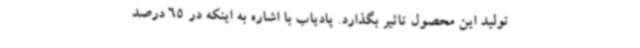
تولید این محصول تاثیر بگذارد. پادیاب با اشاره به اینکه در 65 درصد